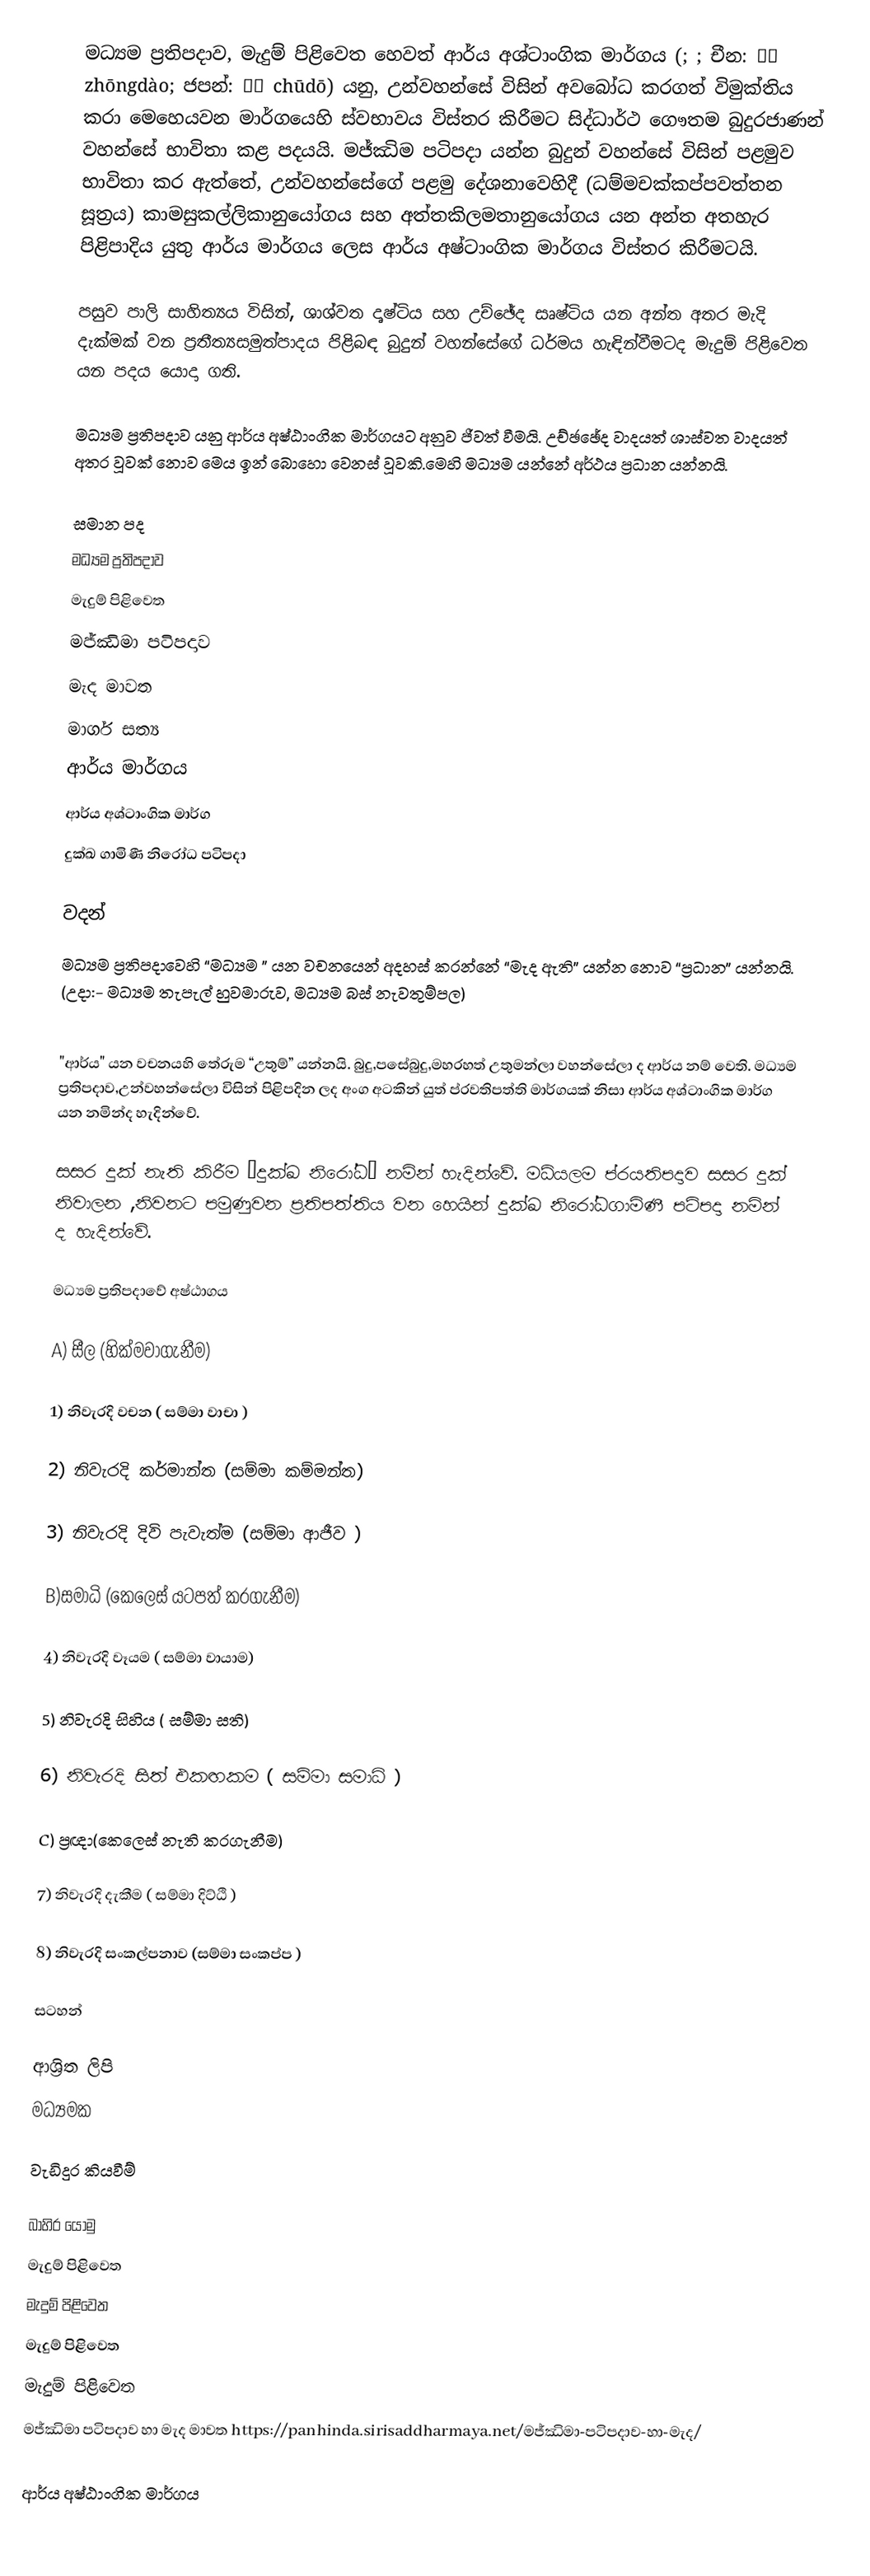
මධ්‍යම ප්‍රතිපදාව, මැදුම් පිළිවෙත  හෙවත් ආර්ය අශ්ටාංගික මාර්ගය (; ; චීන: 中道 zhōngdào; ජපන්: 中道 chūdō) යනු, උන්වහන්සේ විසින් අවබෝධ කරගත් විමුක්තිය කරා මෙහෙයවන මාර්ගයෙහි ස්වභාවය විස්තර කිරීමට සිද්ධාර්ථ ගෞතම බුදුරජාණන් වහන්සේ භාවිතා කළ පදයයි. මජ්ඣිම පටිපදා යන්න බුදුන් වහන්සේ විසින් පළමුව භාවිතා කර ඇත්තේ, උන්වහන්සේගේ පළමු දේශනාවෙහිදී (ධම්මචක්කප්පවත්තන සූත්‍රය) කාමසුකල්ලිකානුයෝගය සහ අත්තකිලමතානුයෝගය යන අන්ත අතහැර පිළිපාදිය යුතු ආර්ය මාර්ගය ලෙස ආර්ය අෂ්ටාංගික මාර්ගය විස්තර කිරීමටයි.

පසුව පාලි  සාහිත්‍යය විසින්, ශාශ්වත දෘෂ්ටිය සහ  උච්ඡේද සෘෂ්ටිය යන අන්ත අතර මැදි දැක්මක් වන  ප්‍රතීත්‍යසමුත්පාදය පිළිබඳ බුදුන් වහන්සේගේ ධර්මය හැඳින්වීමටද  මැදුම් පිළිවෙත යන පදය යොදා ගති.

මධ්‍යම ප්‍රතිපදාව යනු ආර්ය අෂ්ඨාංගික මාර්ගයට අනුව ජීවත් වීමයි. උච්ඡඡේද වාදයත් ශාස්වත වාදයත් අතර වූවක් නොව මෙය ඉන් බොහො වෙනස් වූවකි.මෙහි මධ්‍යම යන්නේ අර්ථය ප්‍රධාන යන්නයි.

සමාන පද
 මධ්‍යම ප්‍රතිපදාව
 මැදුම් පිළිවෙත
මජ්ඣිමා පටිපදාව
මැද මාවත
 මාර්ග සත්‍ය
 ආර්ය මාර්ගය
 ආර්ය අශ්ටාංගික මාර්ග
 දුක්ඛ ගාමිණී නිරෝධ පටිපදා

වදන්
 මධ්‍යම ප්‍රතිපදාවෙහි “මධ්‍යම ” යන වචනයෙන් අදහස් කරන්නේ “මැද ඇති” යන්න නොව “ප්‍රධාන” යන්නයි. (උදා:- මධ්‍යම  තැපැල් හුවමාරුව, මධ්‍යම  බස් නැවතුම්පල)

 "ආර්ය"  යන වචනයහි තේරුම “උතුම්” යන්නයි. බුදු,පසේබුදු,මහරහත් උතුමන්ලා වහන්සේලා ද ආර්ය නම් වෙති. මධ්‍යම  ප්‍රතිපදාව,උන්වහන්සේලා විසින් පිළිපදින ලද අංග අටකින් යුත් ප්රවතිපත්ති මාර්ගයක් නිසා ආර්ය අශ්ටාංගික මාර්ග යන නමින්ද හැදින්වේ.

 සසර දුක් නැති කිරීම “දුක්ඛ නිරෝධ” නමින් හැදින්වේ. මධ්යලම ප්රයතිපදාව සසර දුක් නිවාලන ,නිවනට පමුණුවන ප්‍රතිපත්තිය වන හෙයින් දුක්ඛ නිරෝධගාමිණී පටිපදා නමින් ද හැදින්වේ.

මධ්‍යම ප්‍රතිපදාවේ අෂ්ඨාගය

A) සීල  (හික්මවාගැනීම)

1) 	නිවැරදි වචන ( සම්මා වාචා )

2) 	නිවැරදි කර්මාන්ත (සම්මා කම්මන්ත)

3)	නිවැරදි දිවි පැවැත්ම (සම්මා ආජීව )

B)සමාධි  (කෙලෙස් යටපත් කරගැනීම)

4)	නිවැරදි වෑයම ( සම්මා වායාම)

5)	නිවැරදි සිහිය ( සම්මා සති)

6) 	 නිවැරදි සිත් එකඟකම ( සම්මා සමාධි )

C)	ප්‍රඥා(කෙලෙස් නැති කරගැනීම)

7) 	නිවැරදි දැකීම ( සම්මා දිට්ඨි )

8) 	නිවැරදි සංකල්පනාව  (සම්මා සංකප්ප )

සටහන්

ආශ්‍රිත ලිපි
 මධ්‍යමක

වැඩිදුර කියවීම්

බාහිර යොමු
 මැදුම් පිළිවෙත
 මැදුම් පිළිවෙත
 මැදුම් පිළිවෙත
 මැදුම් පිළිවෙත
මජ්ඣිමා පටිපදාව හා මැද මාවත https://panhinda.sirisaddharmaya.net/මජ්ඣිමා-පටිපදාව-හා-මැද/

ආර්ය අෂ්ඨාංගික මාර්ගය